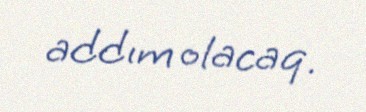
addım olacaq.